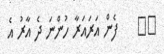
٦٦    ފެން އަރައަރާ ހުންނަ ދެ އާރު އެ